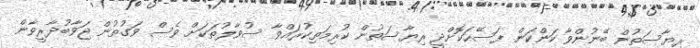
ރިޔާސަތުން ބޭނުންވާ ކަންކަން ފަސޭހަކޮށްދީ ރިޔާސަތުން ކުރިމަތިކުރައްވާ ސުވާލުތަކަށް ވެސް ވަގުތުން ޖަވާބުދާރީވާން